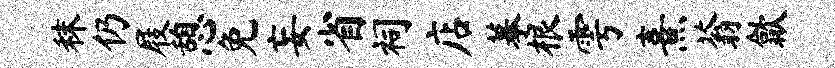
秣仍屐憩免妄省祠店摹根雩熹蓊歙